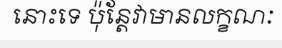
នោះទេ ប៉ុន្តែវាមានលក្ខណៈ